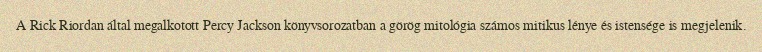
A Rick Riordan által megalkotott Percy Jackson könyvsorozatban a görög mitológia számos mitikus lénye és istensége is megjelenik.